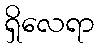
ရှိလေရာ